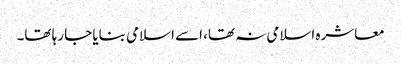
معاشرہ اسلامی نہ تھا، اسے اسلامی بنایا جا رہا تھا۔